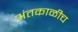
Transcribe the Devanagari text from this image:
अंतकाळीच